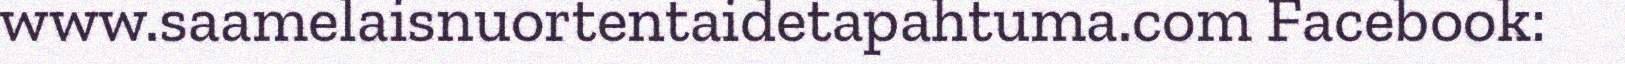
www.saamelaisnuortentaidetapahtuma.com Facebook: